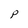
Character: p